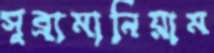
সুব্রামানিয়াম